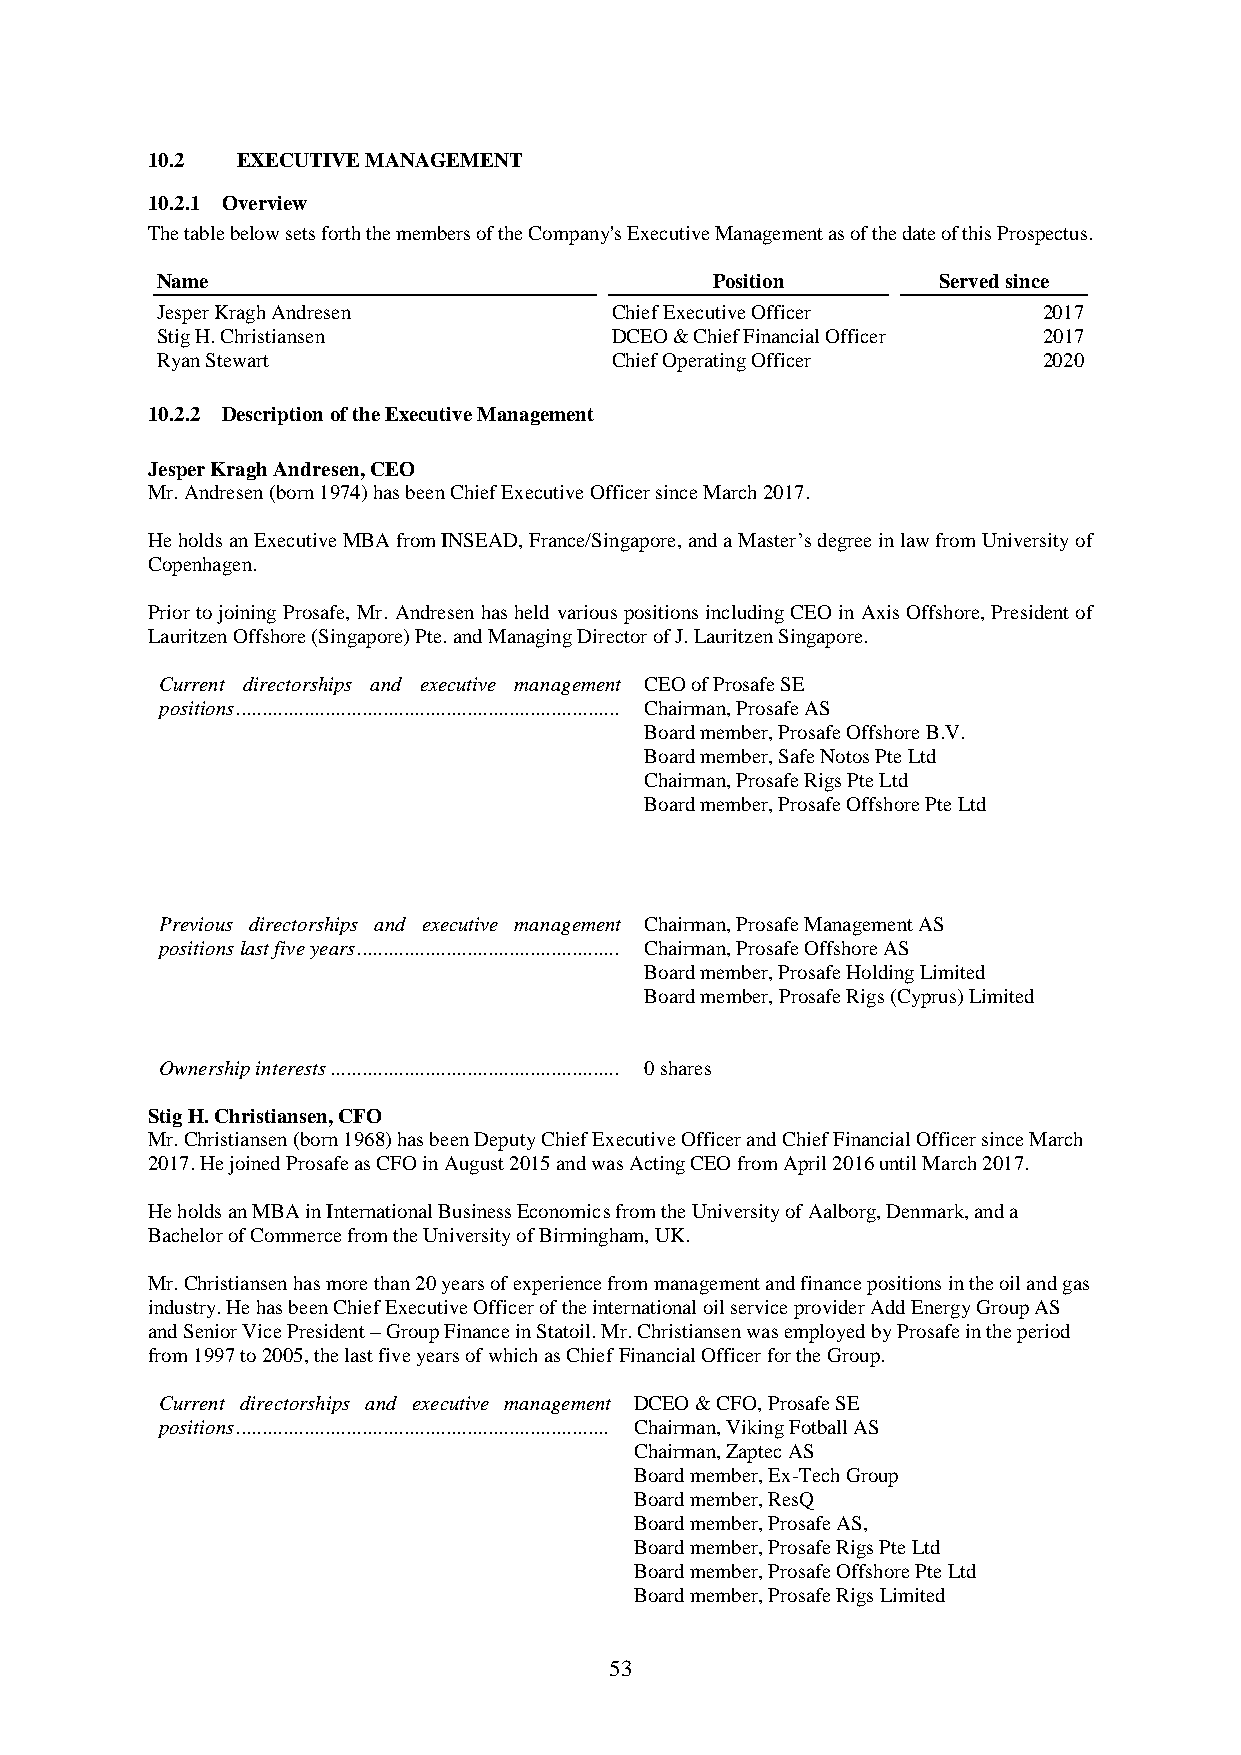
10.2  EXECUTIVE MANAGEMENT
 10.2.1 Overview
 The table below sets forth the members of the Company's Executive Management as of the date of this Prospectus.
 Name                                 Position       Served since
 Jesper Kragh Andresen         Chief Executive Officer      2017
 Stig H. Christiansen          DCEO & Chief Financial Officer 2017
 Ryan Stewart                  Chief Operating Officer      2020
 10.2.2 Description of the Executive Management
 Jesper Kragh Andresen, CEO
 Mr. Andresen (born 1974) has been Chief Executive Officer since March 2017.
 He holds an Executive MBA from INSEAD, France/Singapore, and a Master’s degree in law from University of
 Copenhagen.
 Prior to joining Prosafe, Mr. Andresen has held various positions including CEO in Axis Offshore, President of
 Lauritzen Offshore (Singapore) Pte. and Managing Director of J. Lauritzen Singapore.
 Current directorships and executive management CEO of Prosafe SE
 positions ......................................................................... Chairman, Prosafe AS
 Board member, Prosafe Offshore B.V.
 Board member, Safe Notos Pte Ltd
 Chairman, Prosafe Rigs Pte Ltd
 Board member, Prosafe Offshore Pte Ltd
 Previous directorships and executive management Chairman, Prosafe Management AS
 positions last five years .................................................. Chairman, Prosafe Offshore AS
 Board member, Prosafe Holding Limited
 Board member, Prosafe Rigs (Cyprus) Limited
 Ownership interests ....................................................... 0 shares
 Stig H. Christiansen, CFO
 Mr. Christiansen (born 1968) has been Deputy Chief Executive Officer and Chief Financial Officer since March
 2017. He joined Prosafe as CFO in August 2015 and was Acting CEO from April 2016 until March 2017.
 He holds an MBA in International Business Economics from the University of Aalborg, Denmark, and a
 Bachelor of Commerce from the University of Birmingham, UK.
 Mr. Christiansen has more than 20 years of experience from management and finance positions in the oil and gas
 industry. He has been Chief Executive Officer of the international oil service provider Add Energy Group AS
 and Senior Vice President – Group Finance in Statoil. Mr. Christiansen was employed by Prosafe in the period
 from 1997 to 2005, the last five years of which as Chief Financial Officer for the Group.
 Current directorships and executive management DCEO & CFO, Prosafe SE
 positions ....................................................................... Chairman, Viking Fotball AS
 Chairman, Zaptec AS
 Board member, Ex-Tech Group
 Board member, ResQ
 Board member, Prosafe AS,
 Board member, Prosafe Rigs Pte Ltd
 Board member, Prosafe Offshore Pte Ltd
 Board member, Prosafe Rigs Limited
 53